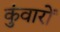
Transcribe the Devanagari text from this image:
कुंवारों